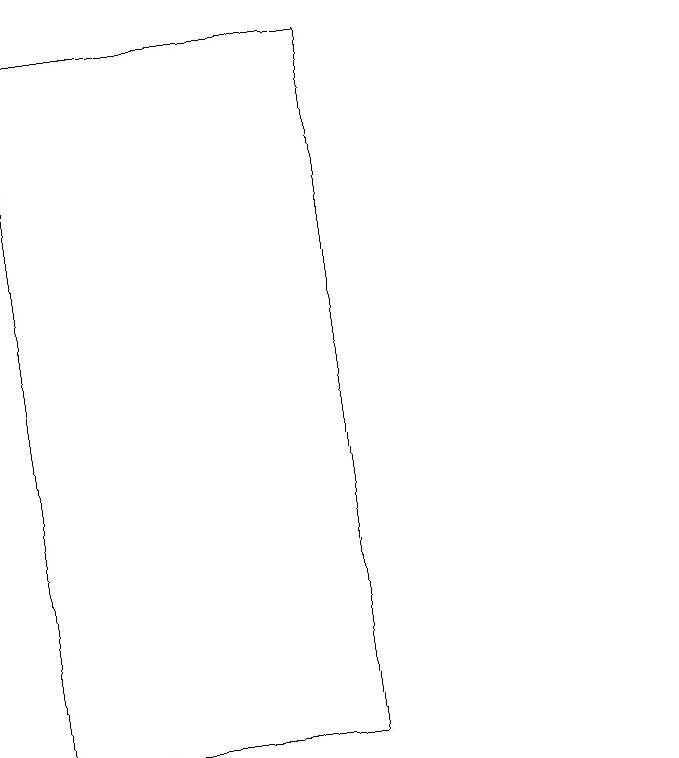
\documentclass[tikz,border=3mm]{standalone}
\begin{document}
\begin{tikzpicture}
\draw (10,12) circle (0);
\draw (6,13) rectangle (6,14);
\draw (6,10) rectangle (2,19);
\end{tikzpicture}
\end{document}